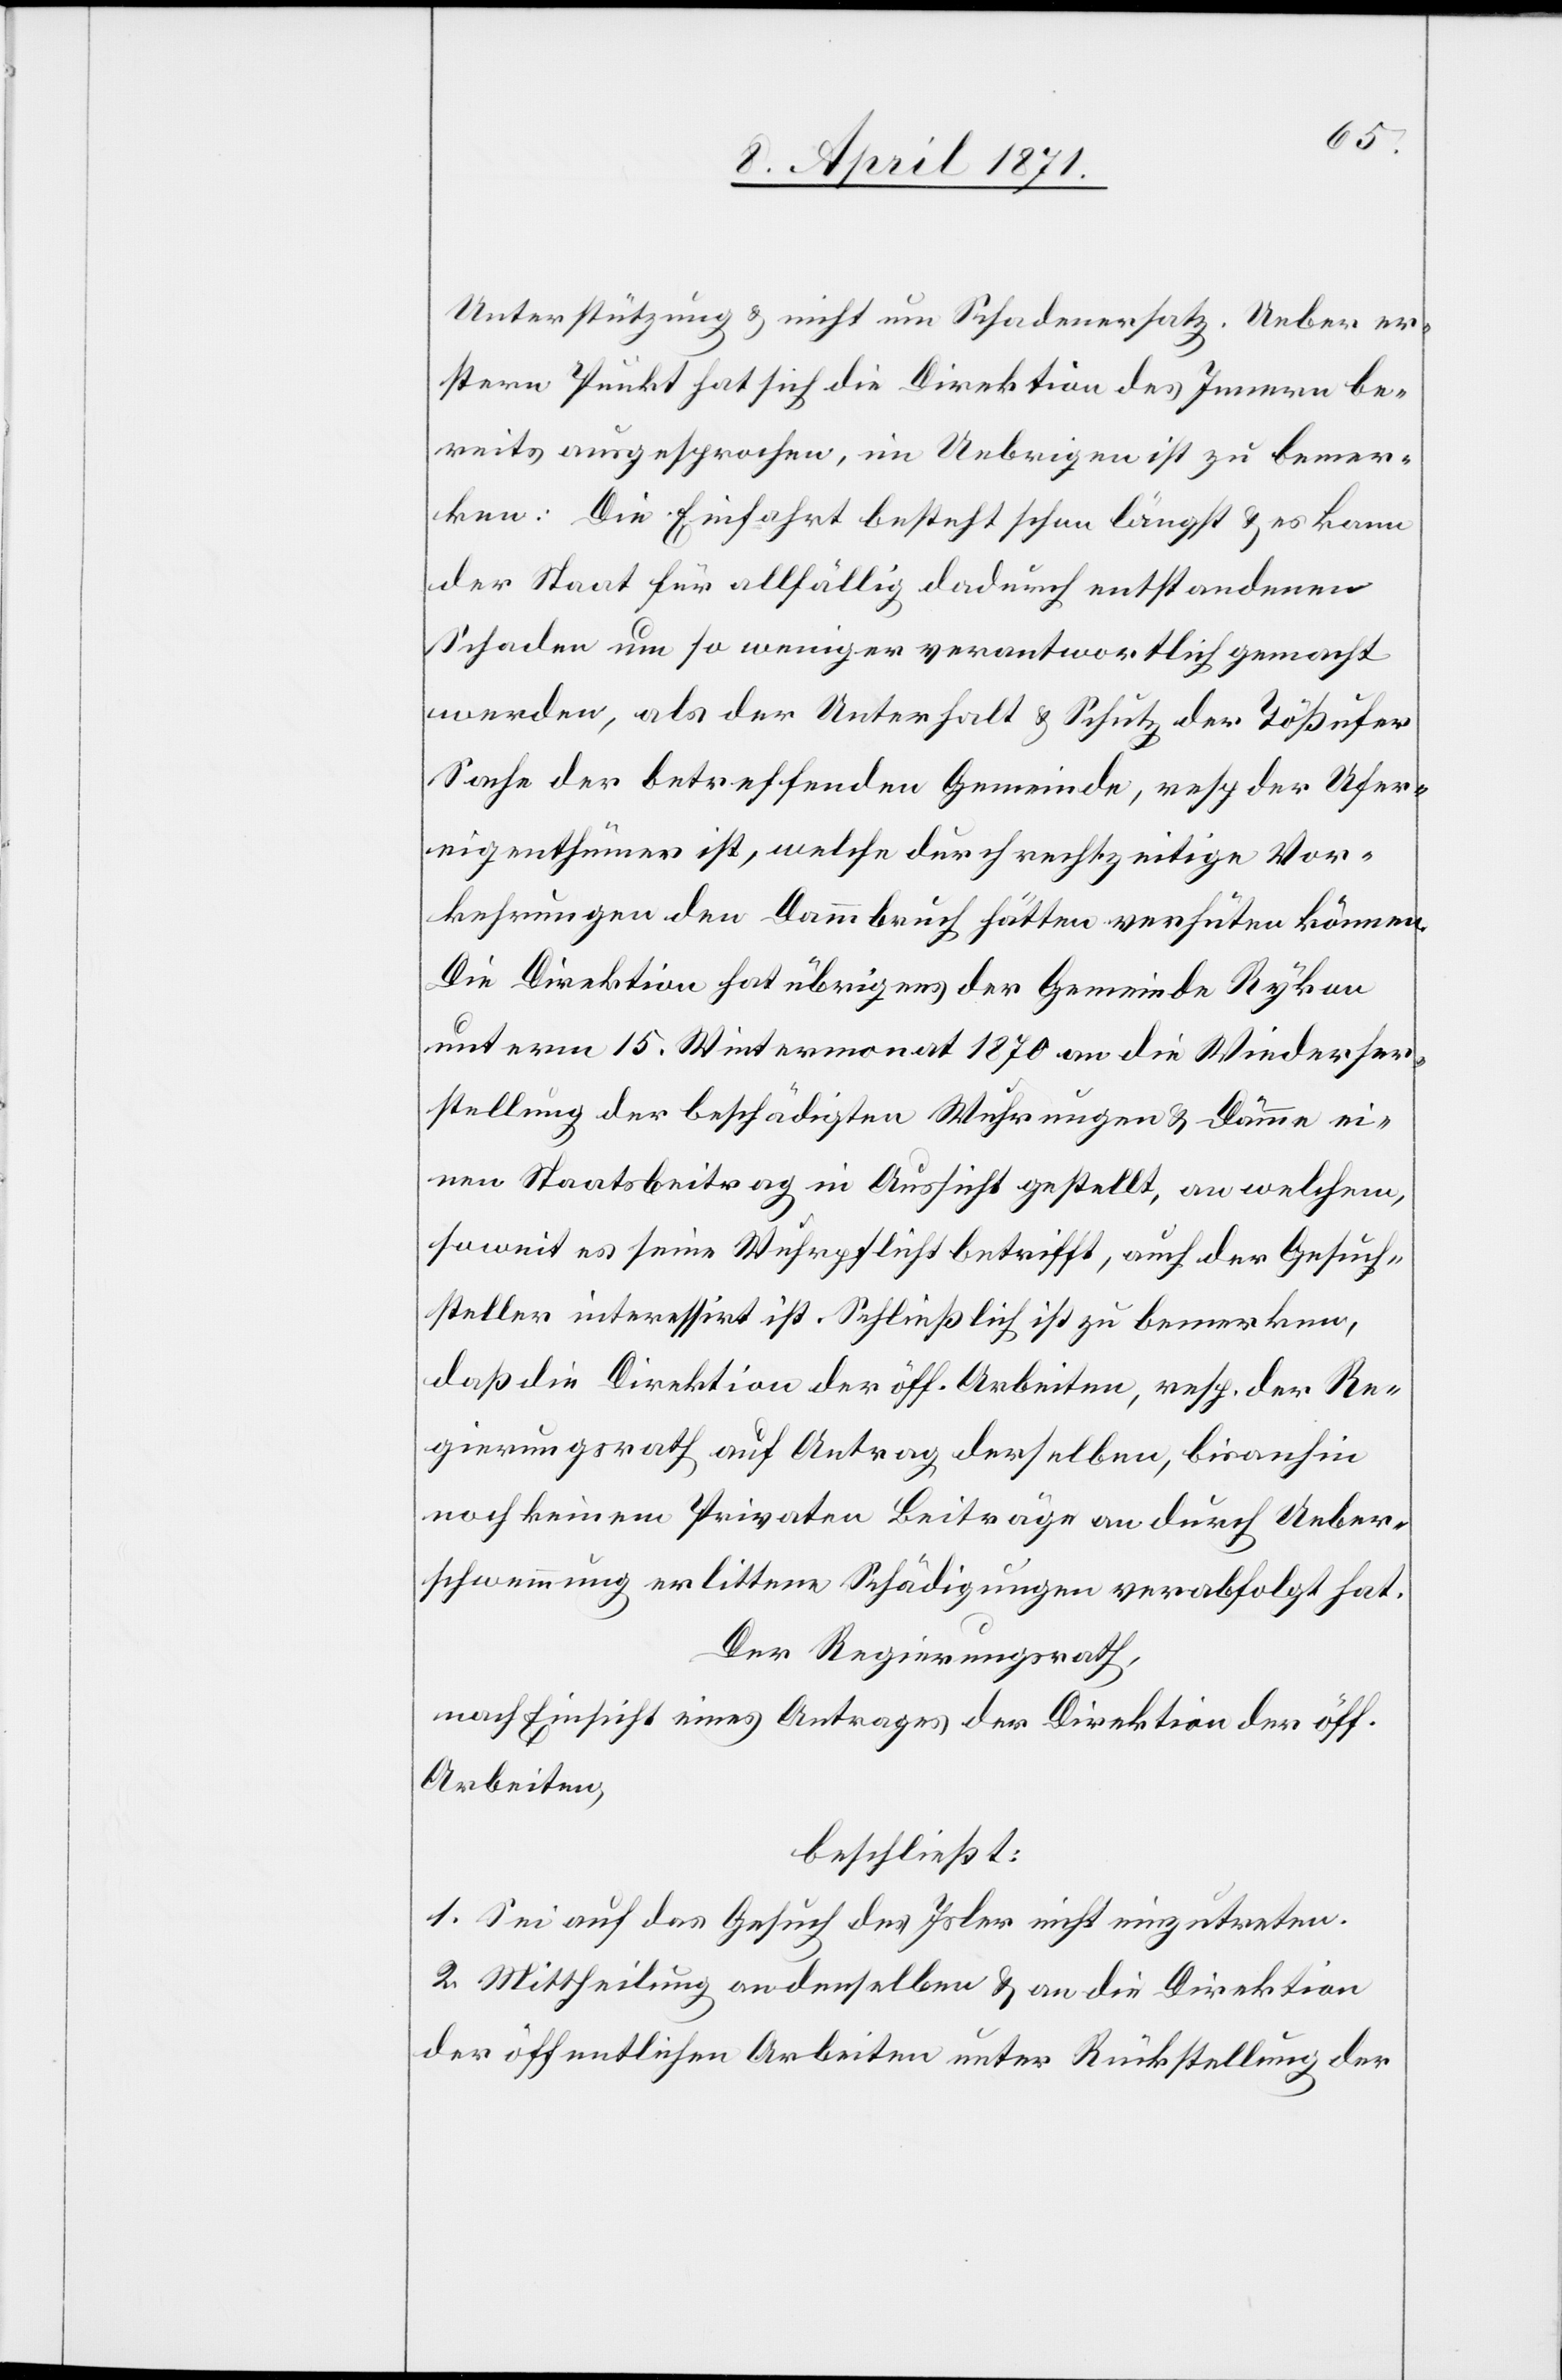
Unterstützung u. nicht um Schadenersatz. Ueber er¬
stern Punkt hat sich die Direktion des Innern be¬
reits ausgesprochen, im Uebrigen ist zu bemer¬
ken: Die Einfahrt besteht schon längst u. es kann
der Staat für allfällig dadurch entstandenen
Schaden um so weniger verantwortlich gemacht
werden, als der Unterhalt u. Schutz der Tößufer
Sache der betreffenden Gemeinde, resp. der Ufer¬
eigenthümer ist, welche durch rechtzeitige Vor¬
kehrungen den Dammbruch hätten verhüten können.
Die Direktion hat übrigens der Gemeinde Rykon
unterm 15. Wintermonat 1870 an die Wiederher¬
stellung der beschädigten Wuhrungen u. Dämme ei¬
nen Staatsbeitrag in Aussicht gestellt, an welchem,
soweit es seine Wuhrpflicht betrifft, auch der Gesuch¬
steller interessirt ist. Schließlich ist zu bemerken,
daß die Direktion der öff. Arbeiten, resp. der Re¬
gierungsrath auf Antrag derselben, bis anhin
noch keinem Privaten Beiträge [sic!] an durch Ueber¬
schwemmung erlittene Schädigungen verabfolgt hat.
Der Regierungsrath,
nach Einsicht eines Antrages der Direktion der öff.
Arbeiten,
beschließt:
1. Sei auf das Gesuch des Isler nicht einzutreten.
2. Mittheilung an denselben u. an die Direktion
der öffentlichen Arbeiten unter Rückstellung der